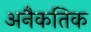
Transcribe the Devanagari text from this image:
अनैकतिक